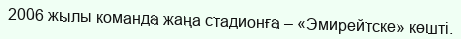
2006 жылы команда жаңа стадионға – «Эмирейтске» көшті.